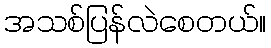
အသစ်ပြန်လဲစေတယ်။